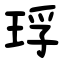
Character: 琈